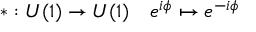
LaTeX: * : U ( 1 ) \to U ( 1 ) \quad e ^ { i \phi } \mapsto e ^ { - i \phi }